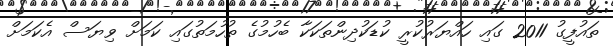
ތައުފީގު 2011 ގައި ހައްޔަރުކުރީ ކުޑަކުދިންތަކަކާ ބެހުމުގެ ތުހުމަތުގައި ކަމަށް ވިޔަސް އެކަމަށް